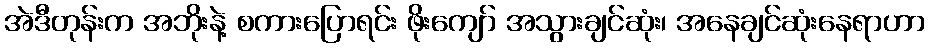
အဲဒီတုန်းက အဘိုးနဲ့ စကားပြောရင်း ဖိုးကျော် အသွားချင်ဆုံး၊ အနေချင်ဆုံးနေရာဟာ